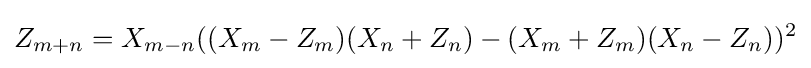
Z_{m+n}=X_{m-n}((X_{m}-Z_{m})(X_{n}+Z_{n})-(X_{m}+Z_{m})(X_{n}-Z_{n}))^{2}